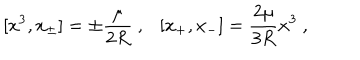
LaTeX: [ x ^ { 3 } , x _ { \pm } ] = \pm \frac { \mu } { 2 R } ~ , \ \ \ [ x _ { + } , x _ { - } ] = \frac { 2 \mu } { 3 R } x ^ { 3 } ~ ,